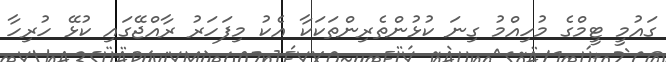
ގައުމީ ޓީމްގެ މުހިއްމު ގިނަ ކުޅުންތެރިންތަކަކާ އެކު މިފަހަރު ރާއްޖޭގައި ކުޅޭ ހުރިހާ